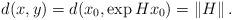
LaTeX: \begin{align*}d(x,y)=d(x_{0},\exp Hx_{0})=\left\Vert H\right\Vert .\end{align*}